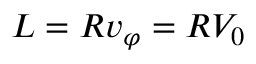
L = R v _ { \varphi } = R V _ { 0 }